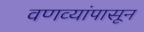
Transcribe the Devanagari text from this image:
वणव्यांपासून